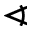
\sphericalangle